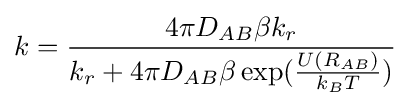
k={\frac {4\pi D_{AB}\beta k_{r}}{k_{r}+4\pi D_{AB}\beta \exp({\frac {U(R_{AB})}{k_{B}T}})}}